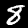
Label: 8